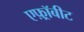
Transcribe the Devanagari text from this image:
एफ़्रॉबीट